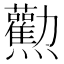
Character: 𤓘